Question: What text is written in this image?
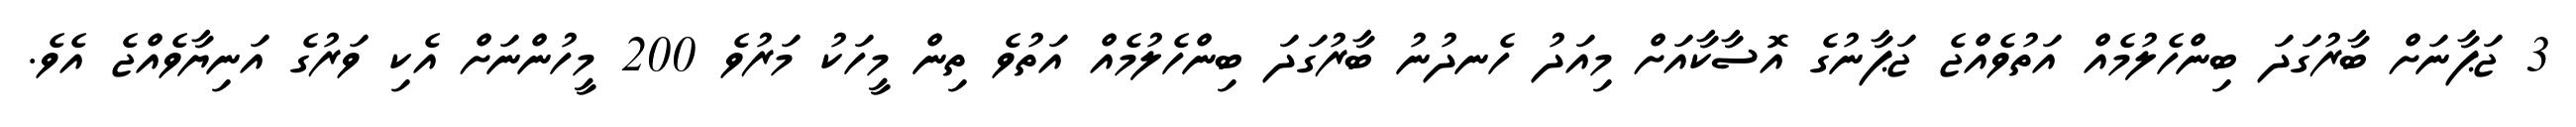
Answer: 3 ޖަޕާނަށް ބާރުގަދަ ބިންހެލުމެއް އަތުވެއްޖެ ޖަޕާނުގެ އޮސާކާއަށް މިއަދު ހެނދުނު ބާރުގަދަ ބިންހެލުމެއް އަތުވެ ތިން މީހަކު މަރުވެ 200 މީހުންނަށް އެކި ވަރުގެ އަނިޔާވެއްޖެ އެވެ.